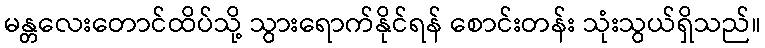
မန္တလေးတောင်ထိပ်သို့ သွားရောက်နိုင်ရန် စောင်းတန်း သုံးသွယ်ရှိသည်။